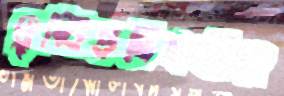
দৃষ্টিপ্রতিবন্ধীরা